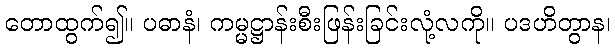
တောထွက်၍။ ပဓာနံ၊ ကမ္မဋ္ဌာန်းစီးဖြန်းခြင်းလုံ့လကို။ ပဒဟိတွာန၊